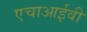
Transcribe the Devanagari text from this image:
एचाआईवी